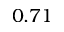
0 . 7 1